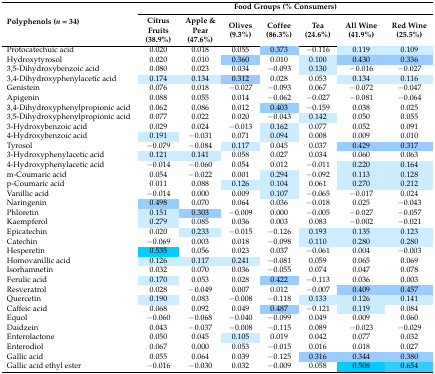
<table><thead><tr><td rowspan="2"><b>Polyphenols (<i>n</i> = 34)</b></td><td colspan="7"><b>Food Groups (% Consumers)</b></td></tr><tr><td><b>Citrus Fruits (38.9%)</b></td><td><b>Apple &amp; Pear (47.6%)</b></td><td><b>Olives (9.3%)</b></td><td><b>Coffee (86.3%)</b></td><td><b>Tea (24.6%)</b></td><td><b>All Wine (41.9%)</b></td><td><b>Red Wine (25.5%)</b></td></tr></thead><tbody><tr><td>Protocatechuic acid</td><td>0.020</td><td>0.018</td><td>0.055</td><td>0.373</td><td>−0.116</td><td>0.119</td><td>0.109</td></tr><tr><td>Hydroxytyrosol </td><td>0.020</td><td>0.010</td><td>0.360</td><td>0.010</td><td>0.100</td><td>0.430</td><td>0.336</td></tr><tr><td>3,5-Dihydroxybenzoic acid </td><td>0.080</td><td>0.023</td><td>0.034</td><td>−0.093</td><td>0.130</td><td>−0.016</td><td>−0.027</td></tr><tr><td>3,4-Dihydroxyphenylacetic acid </td><td>0.174</td><td>0.134</td><td>0.312</td><td>0.028</td><td>0.053</td><td>0.134</td><td>0.116</td></tr><tr><td>Genistein </td><td>0.076</td><td>0.018</td><td>−0.027</td><td>−0.093</td><td>0.067</td><td>−0.072</td><td>−0.047</td></tr><tr><td>Apigenin </td><td>0.088</td><td>0.055</td><td>0.014</td><td>−0.062</td><td>−0.027</td><td>−0.081</td><td>−0.064</td></tr><tr><td>3,4-Dihydroxyphenylpropionic acid </td><td>0.062</td><td>0.086</td><td>0.012</td><td>0.403</td><td>−0.159</td><td>0.038</td><td>0.025</td></tr><tr><td>3,5-Dihydroxyphenylpropionic acid </td><td>0.077</td><td>0.022</td><td>0.020</td><td>−0.043</td><td>0.142</td><td>0.050</td><td>0.055</td></tr><tr><td>3-Hydroxybenzoic acid </td><td>0.029</td><td>0.024</td><td>−0.013</td><td>0.162</td><td>0.077</td><td>0.052</td><td>0.091</td></tr><tr><td>4-Hydroxybenzoic acid </td><td>0.191</td><td>−0.031</td><td>0.071</td><td>0.094</td><td>0.008</td><td>0.009</td><td>0.010</td></tr><tr><td>Tyrosol </td><td>−0.079</td><td>−0.084</td><td>0.117</td><td>0.045</td><td>0.037</td><td>0.429</td><td>0.317</td></tr><tr><td>3-Hydroxyphenylacetic acid </td><td>0.121</td><td>0.141</td><td>0.058</td><td>0.027</td><td>0.034</td><td>0.060</td><td>0.063</td></tr><tr><td>4-Hydroxyphenylacetic acid </td><td>−0.014</td><td>−0.060</td><td>0.054</td><td>0.012</td><td>−0.011</td><td>0.220</td><td>0.164</td></tr><tr><td>m-Coumaric acid </td><td>0.054</td><td>−0.022</td><td>0.001</td><td>0.294</td><td>−0.092</td><td>0.113</td><td>0.128</td></tr><tr><td>p-Coumaric acid </td><td>0.011</td><td>0.088</td><td>0.126</td><td>0.104</td><td>0.061</td><td>0.270</td><td>0.212</td></tr><tr><td>Vanillic acid </td><td>−0.014</td><td>0.000</td><td>0.009</td><td>0.107</td><td>−0.065</td><td>−0.017</td><td>0.024</td></tr><tr><td>Naringenin </td><td>0.498</td><td>0.070</td><td>0.064</td><td>0.036</td><td>−0.018</td><td>0.025</td><td>−0.043</td></tr><tr><td>Phloretin </td><td>0.151</td><td>0.303</td><td>−0.009</td><td>0.000</td><td>−0.005</td><td>−0.027</td><td>−0.057</td></tr><tr><td>Kaempferol </td><td>0.279</td><td>0.085</td><td>0.036</td><td>0.003</td><td>0.083</td><td>−0.002</td><td>−0.021</td></tr><tr><td>Epicatechin </td><td>0.020</td><td>0.233</td><td>−0.015</td><td>−0.126</td><td>0.193</td><td>0.135</td><td>0.123</td></tr><tr><td>Catechin </td><td>−0.069</td><td>0.003</td><td>0.018</td><td>−0.098</td><td>0.110</td><td>0.280</td><td>0.280</td></tr><tr><td>Hesperetin </td><td>0.535</td><td>0.056</td><td>0.023</td><td>0.037</td><td>−0.061</td><td>0.004</td><td>−0.003</td></tr><tr><td>Homovanillic acid </td><td>0.126</td><td>0.117</td><td>0.241</td><td>−0.081</td><td>0.059</td><td>0.065</td><td>0.069</td></tr><tr><td>Isorhamnetin </td><td>0.032</td><td>0.070</td><td>0.036</td><td>−0.055</td><td>0.074</td><td>0.047</td><td>0.078</td></tr><tr><td>Ferulic acid </td><td>0.170</td><td>0.053</td><td>0.028</td><td>0.422</td><td>−0.113</td><td>0.036</td><td>0.003</td></tr><tr><td>Resveratrol </td><td>0.028</td><td>−0.049</td><td>0.007</td><td>0.012</td><td>−0.007</td><td>0.409</td><td>0.457</td></tr><tr><td>Quercetin </td><td>0.190</td><td>0.083</td><td>−0.008</td><td>−0.118</td><td>0.133</td><td>0.126</td><td>0.141</td></tr><tr><td>Caffeic acid </td><td>0.068</td><td>0.092</td><td>0.049</td><td>0.487</td><td>−0.121</td><td>0.119</td><td>0.084</td></tr><tr><td>Equol </td><td>−0.060</td><td>−0.068</td><td>−0.040</td><td>−0.099</td><td>0.049</td><td>0.009</td><td>0.060</td></tr><tr><td>Daidzein </td><td>0.043</td><td>−0.037</td><td>−0.008</td><td>−0.115</td><td>0.089</td><td>−0.023</td><td>−0.029</td></tr><tr><td>Enterolactone </td><td>0.050</td><td>0.045</td><td>0.105</td><td>0.019</td><td>0.042</td><td>0.077</td><td>0.032</td></tr><tr><td>Enterodiol </td><td>0.067</td><td>0.000</td><td>0.053</td><td>−0.015</td><td>0.016</td><td>0.018</td><td>0.027</td></tr><tr><td>Gallic acid </td><td>0.055</td><td>0.064</td><td>0.039</td><td>−0.125</td><td>0.316</td><td>0.344</td><td>0.380</td></tr><tr><td>Gallic acid ethyl ester </td><td>−0.016</td><td>−0.030</td><td>0.032</td><td>−0.009</td><td>0.058</td><td>0.508</td><td>0.654</td></tr></tbody></table>